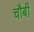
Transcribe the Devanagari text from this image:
चौबीं